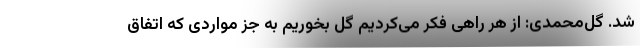
شد. گل‌محمدی: از هر راهی فکر می‌کردیم گل بخوریم به جز مواردی که اتفاق